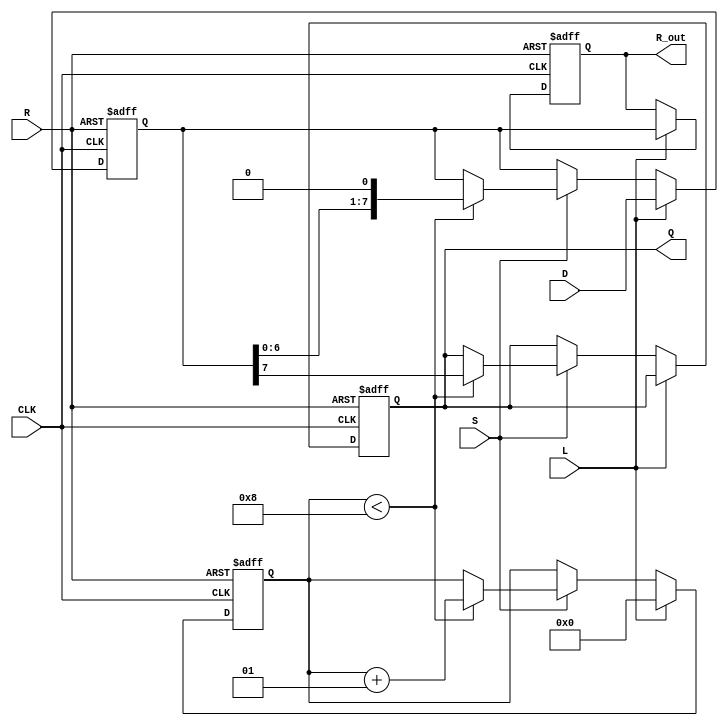
module PISO_Register #(
    parameter WIDTH = 8  // Parameter for the width of the register
)(
    input wire [WIDTH-1:0] D,      // Data input bus
    input wire L,                   // Load control signal
    input wire S,                   // Shift control signal
    input wire CLK,                 // Clock signal
    input wire R,                   // Asynchronous reset signal
    output reg Q,                   // Serial output
    output reg [WIDTH-1:0] R_out    // Full register output
);

    // Internal register to hold the loaded data
    reg [WIDTH-1:0] reg_storage;
    integer shift_counter;

    always @(posedge CLK or posedge R) begin
        if (R) begin
            // Asynchronous reset
            reg_storage <= 0;
            R_out <= 0;
            Q <= 0;
            shift_counter <= 0;
        end else begin
            if (L) begin
                // Load data into the register
                reg_storage <= D;
                R_out <= reg_storage; // Update the full register output
                shift_counter <= 0;    // Reset shift counter on load
            end else if (S) begin
                // Shift data out serially
                if (shift_counter < WIDTH) begin
                    Q <= reg_storage[WIDTH-1]; // Shift out the MSB
                    reg_storage <= {reg_storage[WIDTH-2:0], 1'b0}; // Shift left
                    shift_counter <= shift_counter + 1;
                end
            end
        end
    end

endmodule